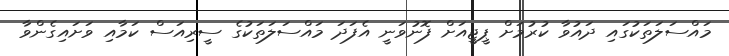
މައްސަލަތަކުގައި ދައުވާ ކުރުމަށް ޕީޖީއަށް ފޮނުވަނީ އެފަދަ މައްސަލަތަކުގެ ސީރިއަސް ކަމާއި ވަށައިގެންވާ